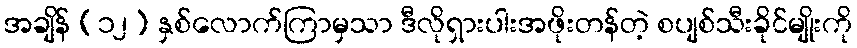
အချိန် (၁၂) နှစ်လောက်ကြာမှသာ ဒီလိုရှားပါးအဖိုးတန်တဲ့ စပျစ်သီးခိုင်မျိုးကို